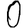
Digit: 0